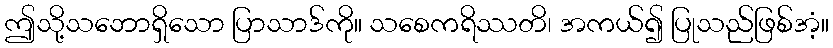
ဤသို့သဘောရှိသော ပြာသာဒ်ကို။ သစေကရိဿတိ၊ အကယ်၍ ပြုသည်ဖြစ်အံ့။